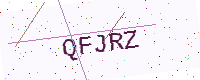
Text: QFJRZ